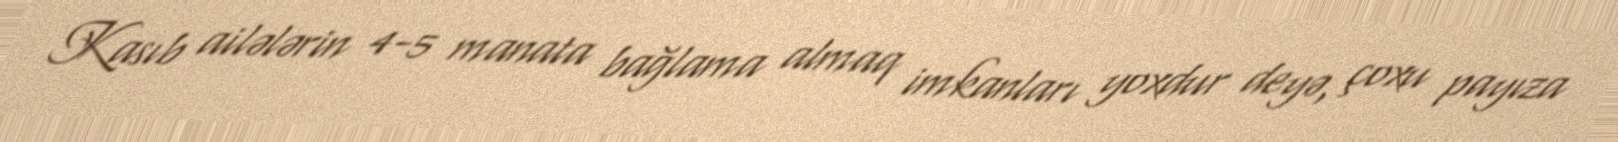
Kasıb ailələrin 4-5 manata bağlama almaq imkanları yoxdur deyə, çoxu payıza